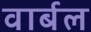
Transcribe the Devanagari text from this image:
वार्बल